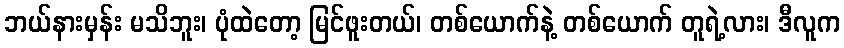
ဘယ်နားမှန်း မသိဘူး၊ ပုံထဲတော့ မြင်ဖူးတယ်၊ တစ်ယောက်နဲ့ တစ်ယောက် တူရဲ့လား၊ ဒီလူက